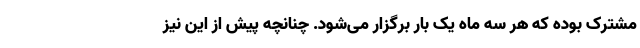
مشترک بوده که هر سه ماه یک بار برگزار می‌شود. چنانچه پیش از این نیز